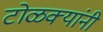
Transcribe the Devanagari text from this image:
टोळक्यांनी